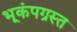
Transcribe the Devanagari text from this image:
भूकंपग्रस्त